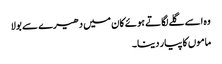
وہ اسے گلے لگاتے ہوئے کان میں دھیرے سے بولا
ماموں کا پیار دینا۔